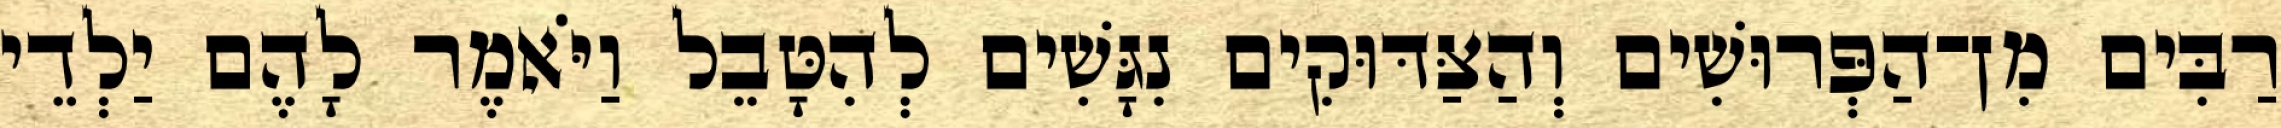
רַבִּים מִן־הַפְּרוּשִׁים וְהַצַּדּוּקִים נִגָּשִׁים לְהִטָּבֵל וַיֹּאמֶר לָהֶם יַלְדֵי